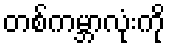
တစ်ကမ္ဘာလုံးကို